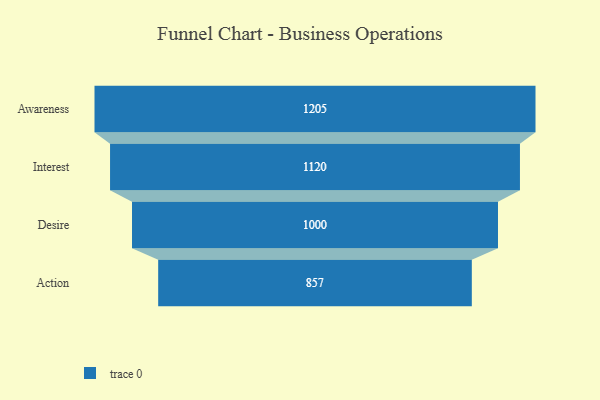
{"axis": {"x": "Stage", "y": "Value"}, "legend": [""], "data": [{"x": "Awareness", "y": 1205.0, "type": ""}, {"x": "Interest", "y": 1120.0, "type": ""}, {"x": "Desire", "y": 1000.0, "type": ""}, {"x": "Action", "y": 857.0, "type": ""}]}